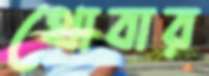
থোবার